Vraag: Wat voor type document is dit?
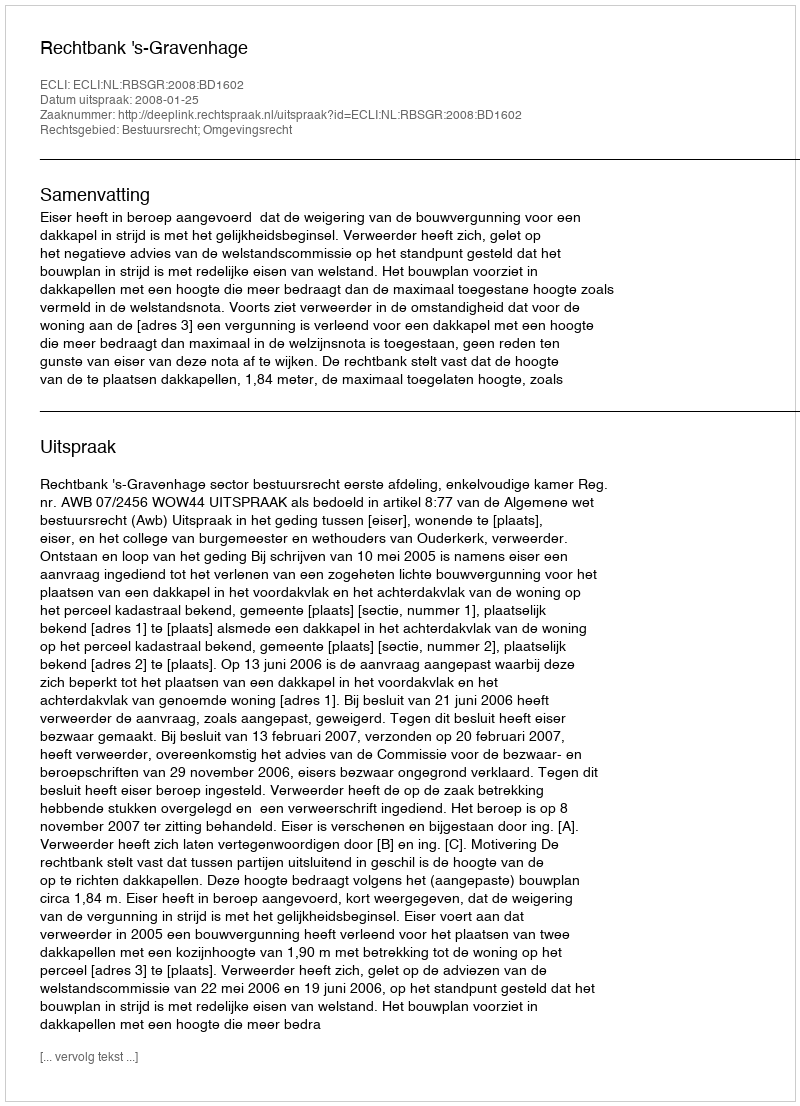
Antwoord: Uitspraak